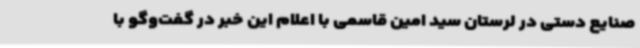
صنایع دستی در لرستان سید امین قاسمی با اعلام این خبر در گفت‌وگو با